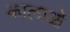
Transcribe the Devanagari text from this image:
कालाओं